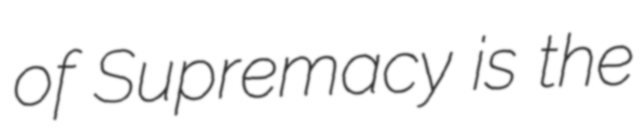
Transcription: of Supremacy is the